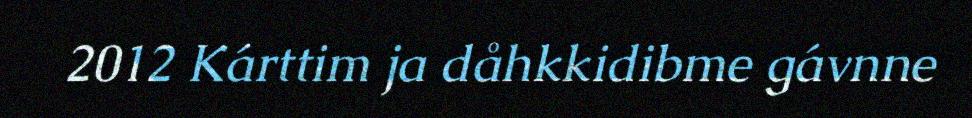
2012 Kárttim ja dåhkkidibme gávnne